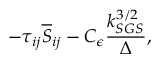
- \tau _ { i j } \overline { { S } } _ { i j } - C _ { \epsilon } \frac { k _ { S G S } ^ { 3 / 2 } } { \Delta } ,